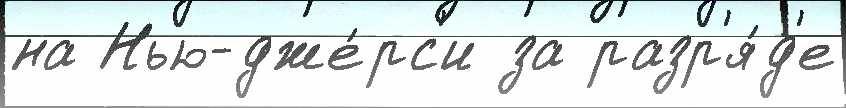
на Нью-дже́рс'и за разр'я́д'е